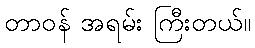
တာဝန် အရမ်း ကြီးတယ်။